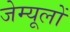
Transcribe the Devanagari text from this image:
जेम्यूलों